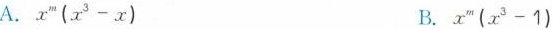
A.$$x ^{ m } ( x ^{ 3 } - x )$$ B.$$x ^{ m }( x ^{ 3 } -1 )$$